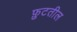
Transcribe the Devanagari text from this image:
फ़ुटतील